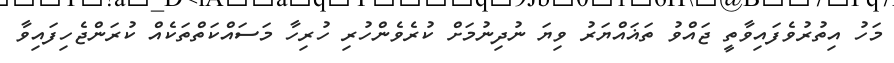
މަހު އިތުރުވެފައިވާތީ ޖައްވު ތަޣައްޔަރު ވިޔަ ނުދިނުމަށް ކުރެވެންހުރި ހުރިހާ މަސައްކަތްތަކެއް ކުރަންޖެހިފައިވާ